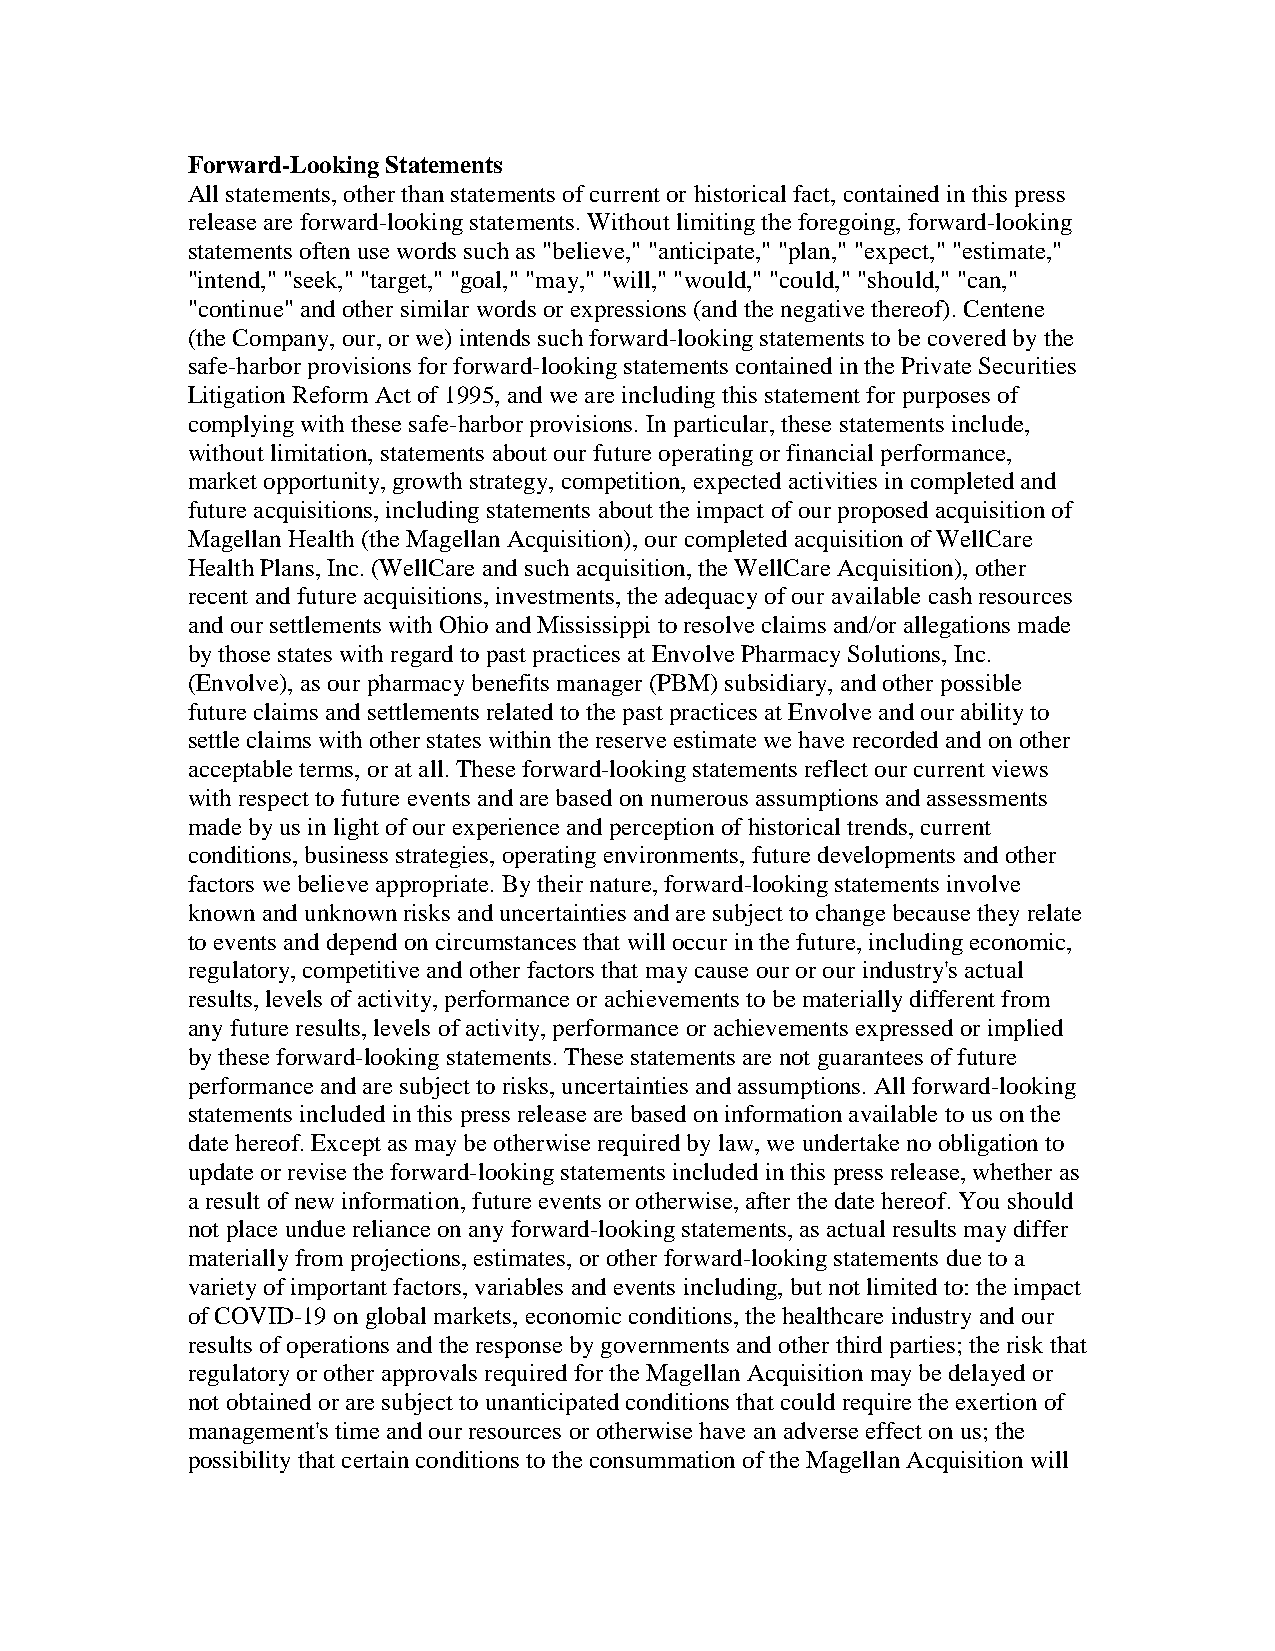
Forward-Looking Statements
 All statements, other than statements of current or historical fact, contained in this press
 release are forward-looking statements. Without limiting the foregoing, forward-looking
 statements often use words such as "believe," "anticipate," "plan," "expect," "estimate,"
 "intend," "seek," "target," "goal," "may," "will," "would," "could," "should," "can,"
 "continue" and other similar words or expressions (and the negative thereof). Centene
 (the Company, our, or we) intends such forward-looking statements to be covered by the
 safe-harbor provisions for forward-looking statements contained in the Private Securities
 Litigation Reform Act of 1995, and we are including this statement for purposes of
 complying with these safe-harbor provisions. In particular, these statements include,
 without limitation, statements about our future operating or financial performance,
 market opportunity, growth strategy, competition, expected activities in completed and
 future acquisitions, including statements about the impact of our proposed acquisition of
 Magellan Health (the Magellan Acquisition), our completed acquisition of WellCare
 Health Plans, Inc. (WellCare and such acquisition, the WellCare Acquisition), other
 recent and future acquisitions, investments, the adequacy of our available cash resources
 and our settlements with Ohio and Mississippi to resolve claims and/or allegations made
 by those states with regard to past practices at Envolve Pharmacy Solutions, Inc.
 (Envolve), as our pharmacy benefits manager (PBM) subsidiary, and other possible
 future claims and settlements related to the past practices at Envolve and our ability to
 settle claims with other states within the reserve estimate we have recorded and on other
 acceptable terms, or at all. These forward-looking statements reflect our current views
 with respect to future events and are based on numerous assumptions and assessments
 made by us in light of our experience and perception of historical trends, current
 conditions, business strategies, operating environments, future developments and other
 factors we believe appropriate. By their nature, forward-looking statements involve
 known and unknown risks and uncertainties and are subject to change because they relate
 to events and depend on circumstances that will occur in the future, including economic,
 regulatory, competitive and other factors that may cause our or our industry's actual
 results, levels of activity, performance or achievements to be materially different from
 any future results, levels of activity, performance or achievements expressed or implied
 by these forward-looking statements. These statements are not guarantees of future
 performance and are subject to risks, uncertainties and assumptions. All forward-looking
 statements included in this press release are based on information available to us on the
 date hereof. Except as may be otherwise required by law, we undertake no obligation to
 update or revise the forward-looking statements included in this press release, whether as
 a result of new information, future events or otherwise, after the date hereof. You should
 not place undue reliance on any forward-looking statements, as actual results may differ
 materially from projections, estimates, or other forward-looking statements due to a
 variety of important factors, variables and events including, but not limited to: the impact
 of COVID-19 on global markets, economic conditions, the healthcare industry and our
 results of operations and the response by governments and other third parties; the risk that
 regulatory or other approvals required for the Magellan Acquisition may be delayed or
 not obtained or are subject to unanticipated conditions that could require the exertion of
 management's time and our resources or otherwise have an adverse effect on us; the
 possibility that certain conditions to the consummation of the Magellan Acquisition will